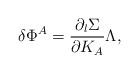
LaTeX: \begin{align*}\delta\Phi^A={\partial _l\Sigma\over \partial K_A}\Lambda,\end{align*}